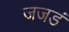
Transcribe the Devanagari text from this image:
जजडं